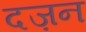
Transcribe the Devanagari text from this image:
दज़न